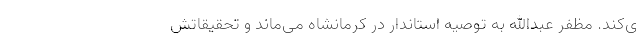
ی‌کند. مظفر عبدالله به توصیه استاندار در کرمانشاه می‌ماند و تحقیقاتش